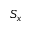
S _ { x }